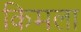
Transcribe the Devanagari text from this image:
किमला